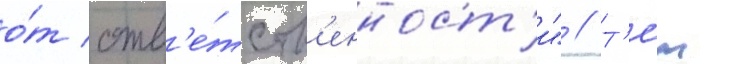
о́т отв'е́тств'енност'и" // Т'е́м